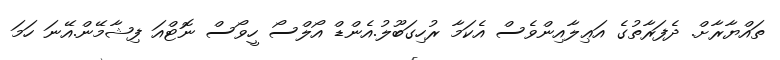
ތައްޔާރާށް. ދެފަރާތުގެ އަޢިލާއިންވެސް އެކަމާ ރުހިގަބޫލު.އެންޑް އޯލްސޯ ހީވޯސް ނޮޓްއަ ފިޝާމޭން.އޭނަ ހަމަ